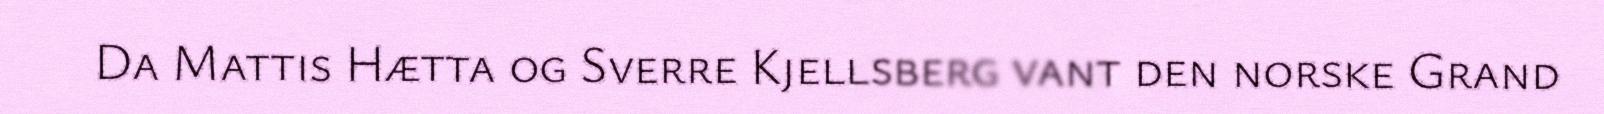
Da Mattis Hætta og Sverre Kjellsberg vant den norske Grand